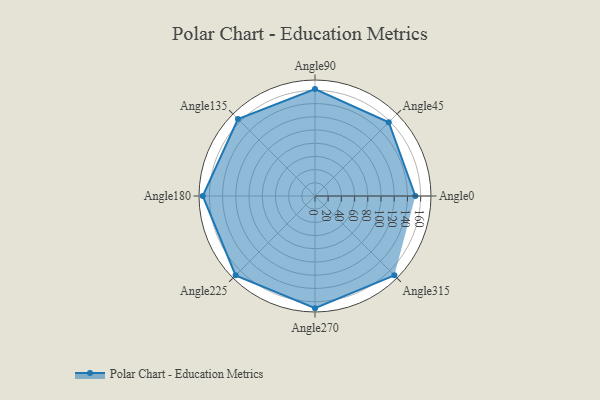
{"axis": {"x": "Angle", "y": "Radius"}, "legend": [""], "data": [{"x": "Angle0", "y": 152.0, "type": ""}, {"x": "Angle45", "y": 158.0, "type": ""}, {"x": "Angle90", "y": 162.0, "type": ""}, {"x": "Angle135", "y": 165.0, "type": ""}, {"x": "Angle180", "y": 170, "type": ""}, {"x": "Angle225", "y": 170, "type": ""}, {"x": "Angle270", "y": 170, "type": ""}, {"x": "Angle315", "y": 170, "type": ""}]}